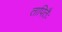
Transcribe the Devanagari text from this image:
तापितैः